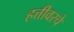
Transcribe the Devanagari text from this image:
हत्तीवरचे